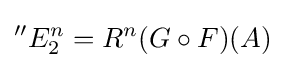
{}^{\prime \prime }E_{2}^{n}=R^{n}(G\circ F)(A)